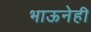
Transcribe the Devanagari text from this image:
भाऊनेही